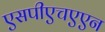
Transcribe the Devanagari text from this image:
एसपीएचएएन